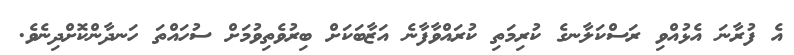
އެ ފުރާނަ އެޅުއްވި ރަސްކަލާނގެ ކުރިމަތި ކުރައްވާފާނެ އަޒާބަކަށް ބިރުވެތިވުމަށް ސުހައްތަ ހަނދާންކޮށްދިނެވެ.